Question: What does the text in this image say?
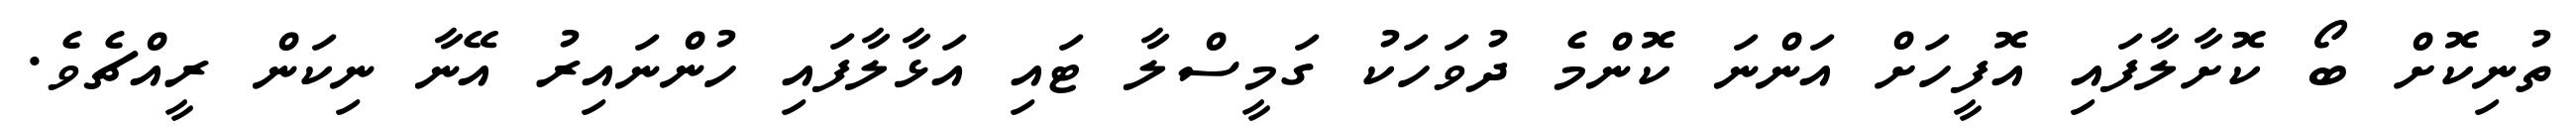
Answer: ތުނިކޮށް ބޯ ކޮށާލާފައި އޮފީހަށް އަންނަ ކޮންމެ ދުވަހަކު ގަމީސްލާ ޓައި އަޅާލާފައި ހުންނައިރު އޭނާ ނިކަން ރީއްޗެވެ.